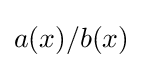
a(x)/b(x)